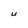
Character: U